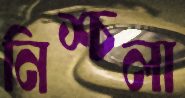
নিশ্চলা